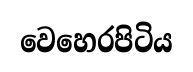
වෙහෙරපිටිය